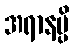
အရာနမ္ပိ